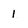
Character: 1